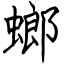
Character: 螂